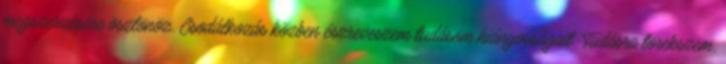
megszerzésére ösztönöz. Csodálkozás közben észreveszem tudásom hiányosságait. Tudásra törekszem,